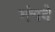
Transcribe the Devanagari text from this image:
मंचने